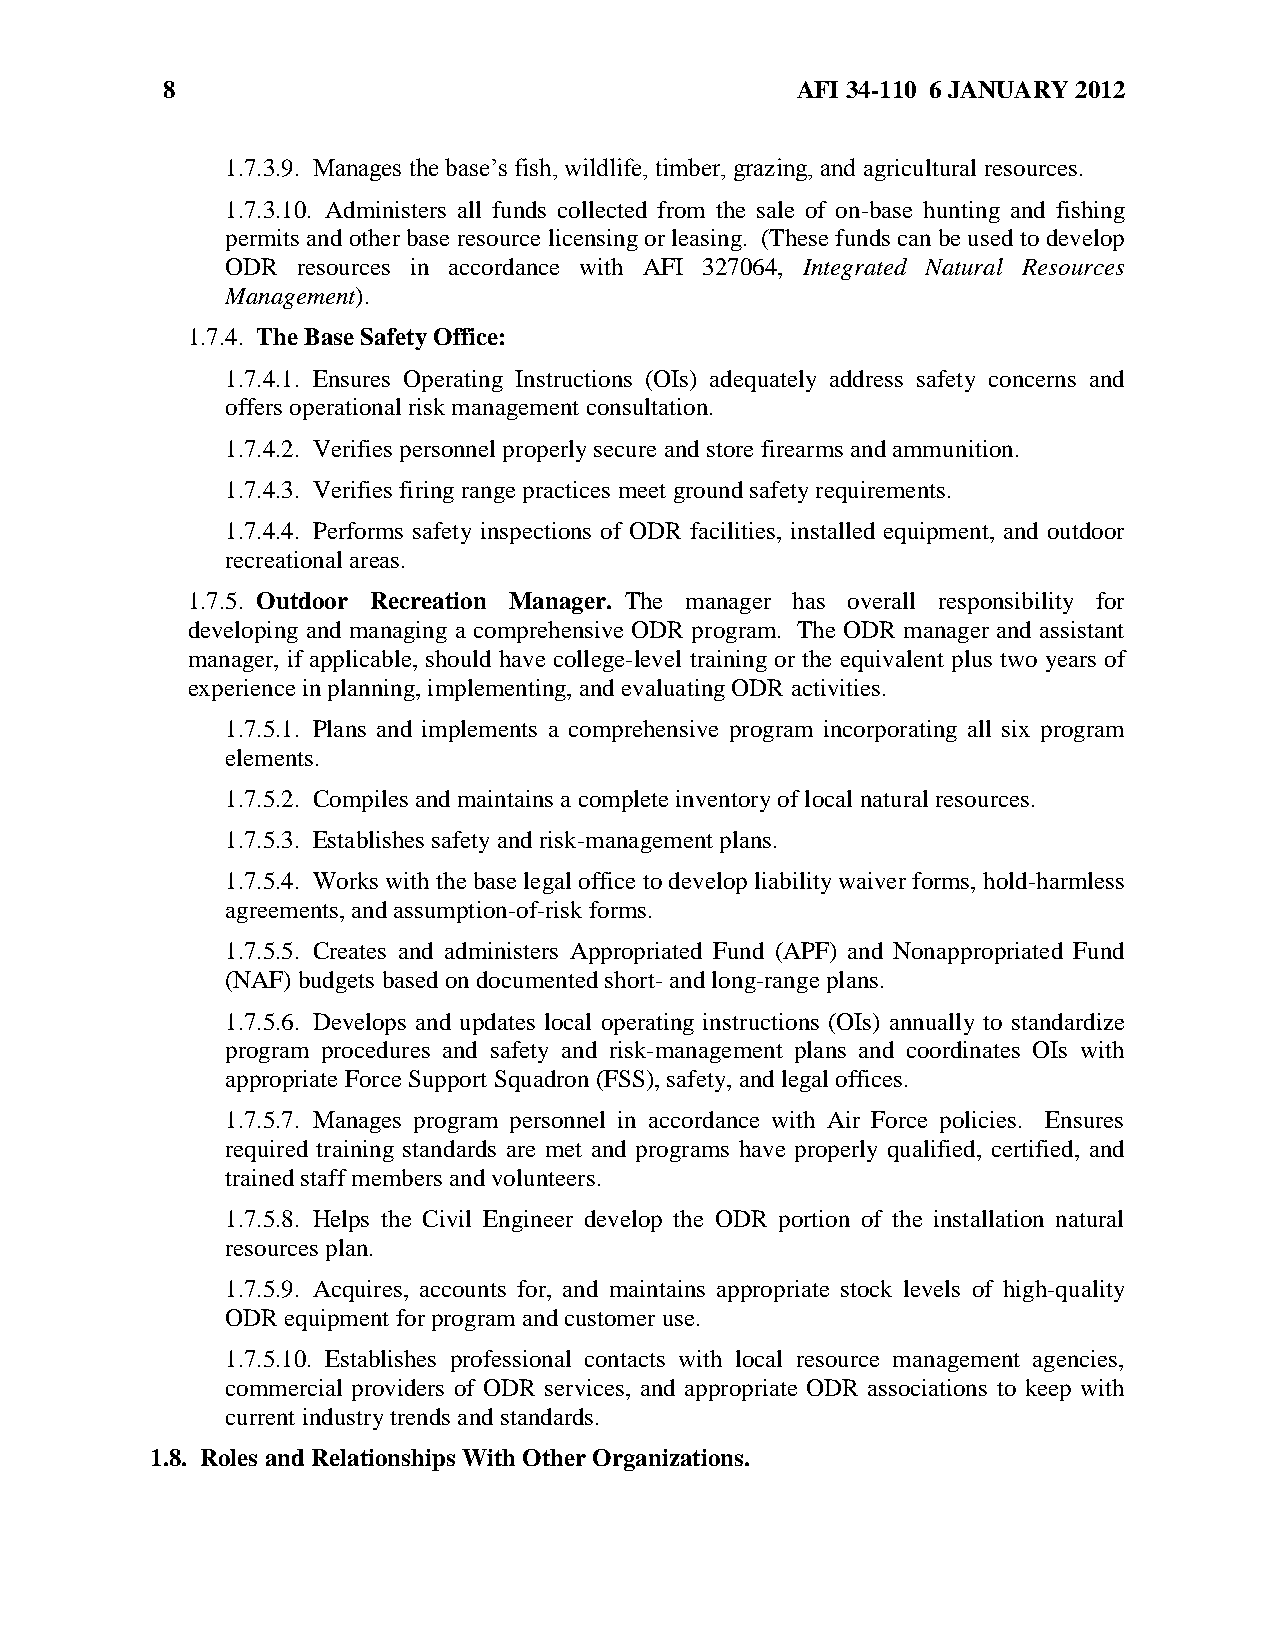
8                                         AFI 34-110 6 JANUARY 2012
 1.7.3.9. Manages the base’s fish, wildlife, timber, grazing, and agricultural resources.
 1.7.3.10. Administers all funds collected from the sale of on-base hunting and fishing
 permits and other base resource licensing or leasing. (These funds can be used to develop
 ODR  resources in accordance with AFI 327064, Integrated Natural Resources
 Management).
 1.7.4. The Base Safety Office:
 1.7.4.1. Ensures Operating Instructions (OIs) adequately address safety concerns and
 offers operational risk management consultation.
 1.7.4.2. Verifies personnel properly secure and store firearms and ammunition.
 1.7.4.3. Verifies firing range practices meet ground safety requirements.
 1.7.4.4. Performs safety inspections of ODR facilities, installed equipment, and outdoor
 recreational areas.
 1.7.5. Outdoor Recreation Manager. The manager has overall responsibility for
 developing and managing a comprehensive ODR program. The ODR manager and assistant
 manager, if applicable, should have college-level training or the equivalent plus two years of
 experience in planning, implementing, and evaluating ODR activities.
 1.7.5.1. Plans and implements a comprehensive program incorporating all six program
 elements.
 1.7.5.2. Compiles and maintains a complete inventory of local natural resources.
 1.7.5.3. Establishes safety and risk-management plans.
 1.7.5.4. Works with the base legal office to develop liability waiver forms, hold-harmless
 agreements, and assumption-of-risk forms.
 1.7.5.5. Creates and administers Appropriated Fund (APF) and Nonappropriated Fund
 (NAF) budgets based on documented short- and long-range plans.
 1.7.5.6. Develops and updates local operating instructions (OIs) annually to standardize
 program procedures and safety and risk-management plans and coordinates OIs with
 appropriate Force Support Squadron (FSS), safety, and legal offices.
 1.7.5.7. Manages program personnel in accordance with Air Force policies. Ensures
 required training standards are met and programs have properly qualified, certified, and
 trained staff members and volunteers.
 1.7.5.8. Helps the Civil Engineer develop the ODR portion of the installation natural
 resources plan.
 1.7.5.9. Acquires, accounts for, and maintains appropriate stock levels of high-quality
 ODR equipment for program and customer use.
 1.7.5.10. Establishes professional contacts with local resource management agencies,
 commercial providers of ODR services, and appropriate ODR associations to keep with
 current industry trends and standards.
 1.8. Roles and Relationships With Other Organizations.